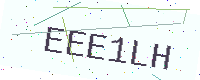
Text: EEE1LH